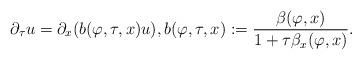
LaTeX: \begin{align*}\partial_{\tau} u=\partial_x (b(\varphi, \tau, x) u), b(\varphi, \tau, x):=\frac{\beta(\varphi, x)}{1+\tau \beta_x(\varphi, x)}.\end{align*}